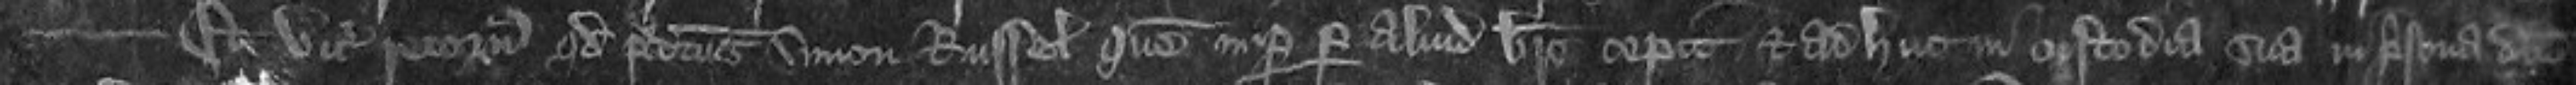
Et vicecomes retornavit quod predictus Simon Russel que nuper per aliud breve cepit et ad huc in custodia sua in prisona domini